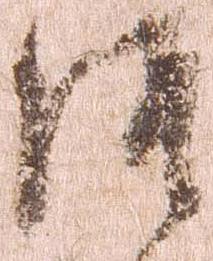
洛